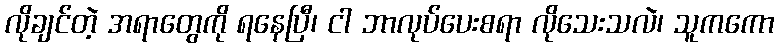
လိုချင်တဲ့ အရာတွေကို ရနေပြီ၊ ငါ ဘာလုပ်ပေးစရာ လိုသေးသလဲ၊ သူကကော